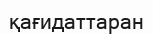
қағидаттаран